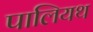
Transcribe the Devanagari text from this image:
पालियथ